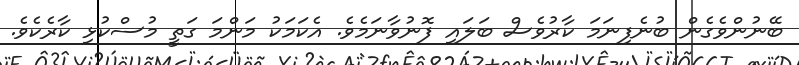
ބޭނުންވެގެން ބުނެފިނަމަ ކާރުވެސް ބަލައި ފޮނުވާނަމެވެ. އެކަމަކު މަންމަ ގަތީ މުސްކުޅި ކާރެކެވެ.